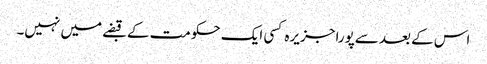
اس کے بعد سےپورا جزیرہ کسی ایک حکومت کے قبضے میں نہیں۔